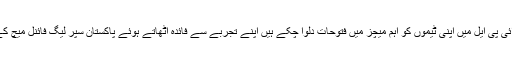
ڈیوین سمتھ جو کہ اس سے پہلے چیمپینز لیگ اور آئی پی ایل میں اپنی ٹیموں کو اہم میچز میں فتوحات دلوا چکے ہیں اپنے تجربے سے فائدہ اٹھاتے ہوئے پاکستان سپر لیگ فائنل میچ کے بھی ہیرو ٹھہرے اور مین آف دی میچ قرار پائے۔